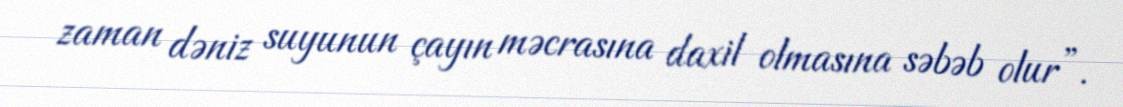
zaman dəniz suyunun çayın məcrasına daxil olmasına səbəb olur”.